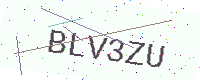
Text: BLV3ZU